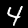
Digit: 4